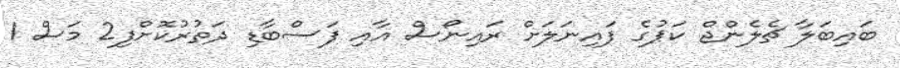
ބައިބަލާ ޗެލެންޖް ކަޕުގެ ފައިނަލަށް ރައިނޯސް އާއި ފަސްބާޑި ދަތުރުކޮށްފި2 މަސް 1